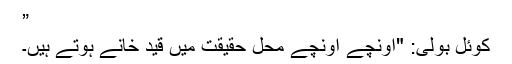
”
کوئل بولی: "اونچے اونچے محل حقیقت میں قید خانے ہوتے ہیں۔